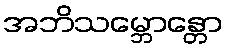
အဘိသမ္ဘောန္တော